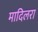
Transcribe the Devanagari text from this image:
मादिलरा